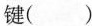
键（）